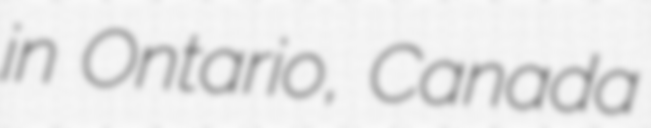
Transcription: in Ontario, Canada